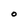
Character: O